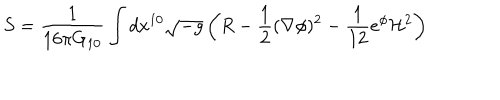
S = { \frac { 1 } { 1 6 \pi G _ { 1 0 } } } \int d x ^ { 1 0 } \sqrt { - g } \left( R - { \frac { 1 } { 2 } } ( \nabla \phi ) ^ { 2 } - { \frac { 1 } { 1 2 } } e ^ { \phi } { \cal H } ^ { 2 } \right)